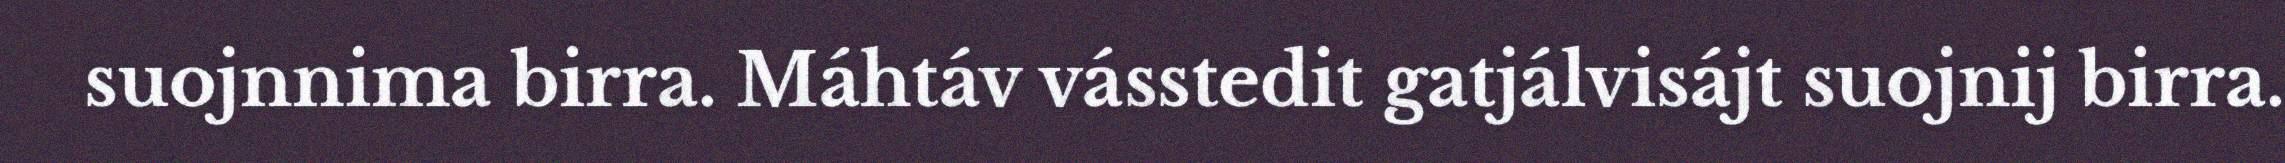
suojnnima birra. Máhtáv vásstedit gatjálvisájt suojnij birra.